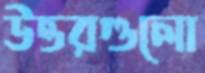
উত্তরগুলো